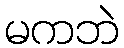
မကဘဲ